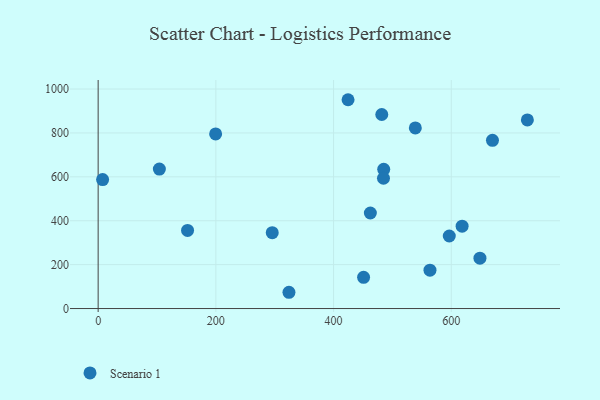
{"axis": {"x": "Distance", "y": "Rating"}, "legend": ["Scenario 1"], "data": [{"x": "670.0", "y": 766.5, "type": "Scenario 1"}, {"x": "324.2", "y": 74.1, "type": "Scenario 1"}, {"x": "104.0", "y": 635.5, "type": "Scenario 1"}, {"x": "481.9", "y": 884.0, "type": "Scenario 1"}, {"x": "648.7", "y": 229.5, "type": "Scenario 1"}, {"x": "485.2", "y": 634.1, "type": "Scenario 1"}, {"x": "451.0", "y": 142.0, "type": "Scenario 1"}, {"x": "538.9", "y": 822.8, "type": "Scenario 1"}, {"x": "563.8", "y": 175.0, "type": "Scenario 1"}, {"x": "199.6", "y": 795.6, "type": "Scenario 1"}, {"x": "424.6", "y": 951.3, "type": "Scenario 1"}, {"x": "484.8", "y": 593.6, "type": "Scenario 1"}, {"x": "618.4", "y": 375.3, "type": "Scenario 1"}, {"x": "596.6", "y": 330.5, "type": "Scenario 1"}, {"x": "462.5", "y": 435.2, "type": "Scenario 1"}, {"x": "7.6", "y": 587.5, "type": "Scenario 1"}, {"x": "295.8", "y": 345.6, "type": "Scenario 1"}, {"x": "729.3", "y": 859.2, "type": "Scenario 1"}, {"x": "151.9", "y": 356.0, "type": "Scenario 1"}]}